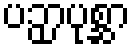
ပဉှာပုစ္ဆာ